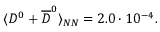
\langle D ^ { 0 } + \overline { { { D } } } ^ { 0 } \rangle _ { N N } = 2 . 0 \cdot 1 0 ^ { - 4 } .